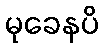
မုခေနပိ